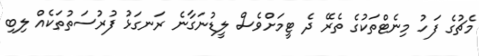
މެޗުގެ ފަހު މިނެޓްތަކުގެ ތެރޭ ދެ ޓީމަށްވެސް ލީޑުނަގާނެ ރަނގަޅު ފުރުސަތުތަކެއް ލިބި